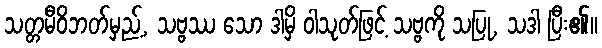
သတ္တမီဝိဘတ်မှည့်, သဗ္ဗဿ သော ဒါမှိ ဝါသုတ်ဖြင့် သဗ္ဗကို သပြု, သဒါ ပြီး၏။